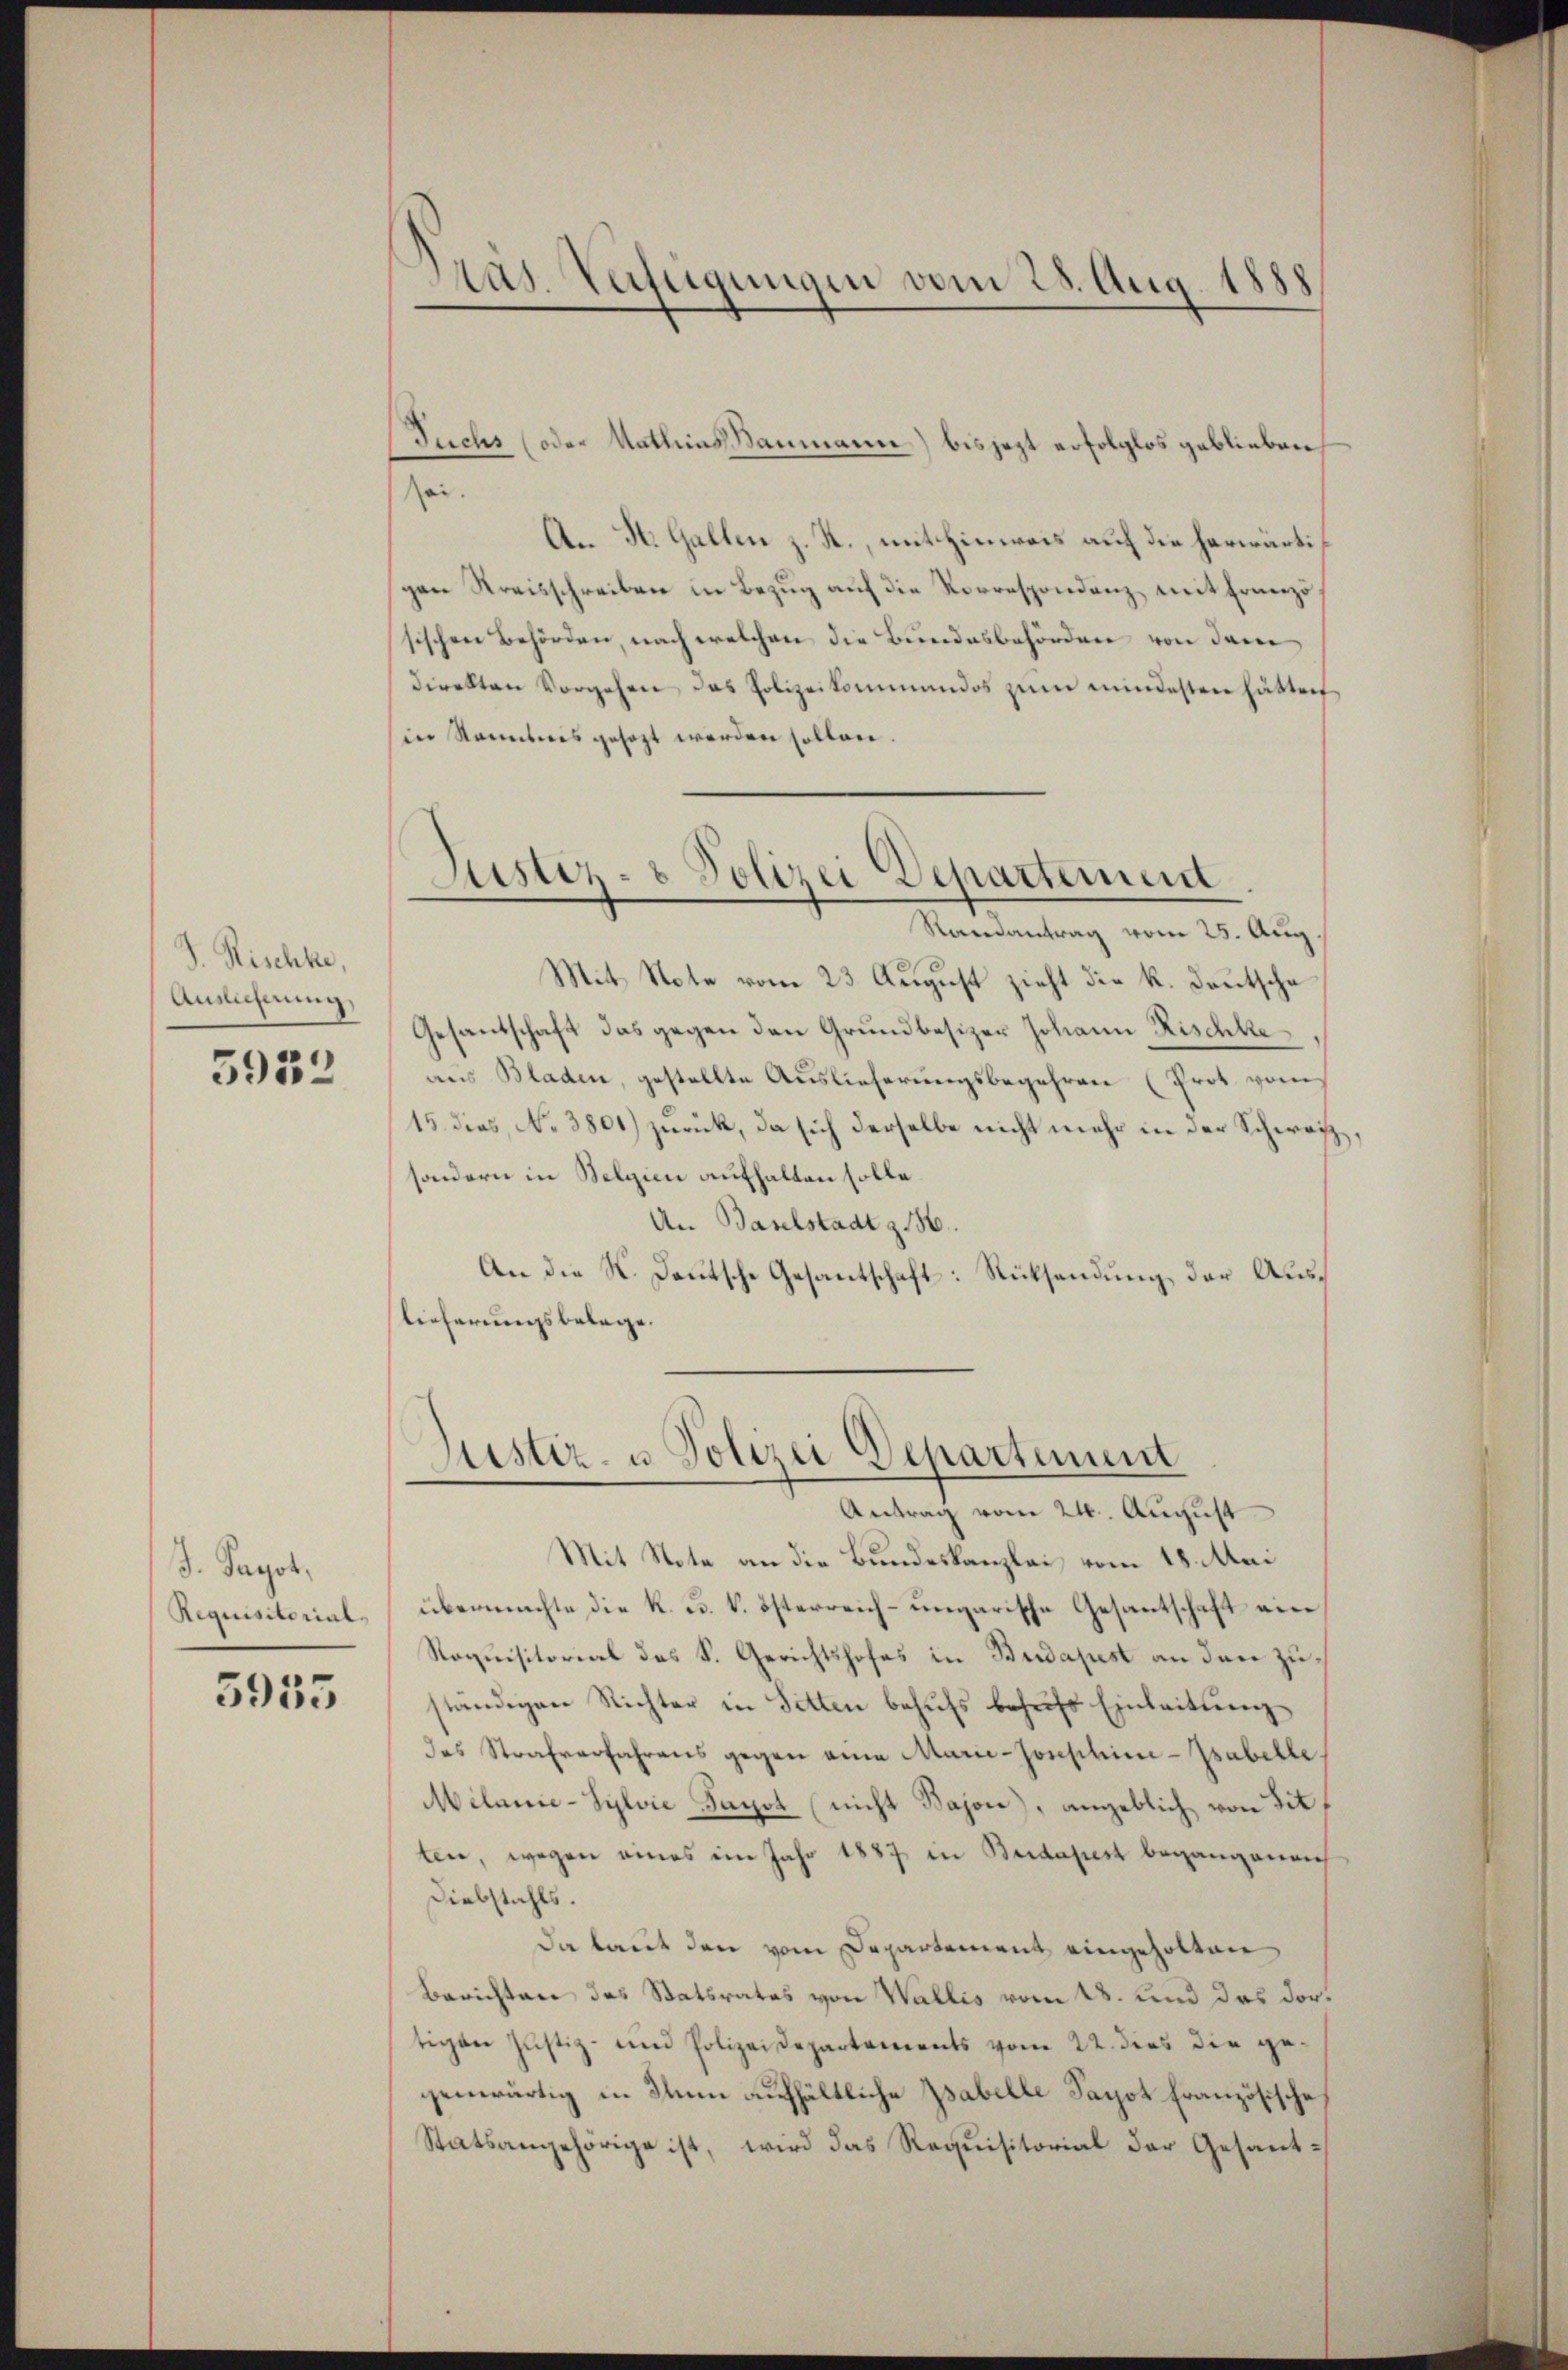
J. Rischke,
Anslicherung,

5932

J. Payot,
Requisitorial,

5955

Dras. Verfügungen vom 28. Aug. 1888

Fuchs (oder Mathias Baumann) bis jezt erfolglos geblieben,
sei.
An St. Gallen z. R., mit Hinweis auf die herwärtigen Kreisschreiben in Bezug auf die Korrespondenz mit Franzö
sischen Behörden, nach welchen die Bundesbehörden von dem
direkten Vorgehen das Polizeikommandos zŭm mindesten hätten
in Stammtweis gesezt werden sollen.
Mit Note vom 23. August zieht die k. Deutsche
Gesandschaft das gegen den Grundbesizer Johann Rischke
aus Bladen, gestellte Auslieferungsbegehren (Prot. vom
15. dies, No 3801) zurück, da sich derselbe nicht mehr in der Schweiz
sondern in Belgien aufhalten solle.
An Baselstadt z. 156.
An die K. Deutsche Gesantschaft: Rücksendung der Auslieferungsbelege.

Justiz- & Polizei Departemend
Randantrag vom 25. Aug.

Justiz- u Polizei Departement
Antrag vom 24. August

Mit Note an die Bundeskanzlei vom 18. Mai
übermachte die K. u. k. österreich-ungarische Gesantschaft vere
Roquisitorial des S. Gerichtshofes in Budapest an den zuständigen Richter in Sitten behŭfs behŭfs Einleitŭng
das Strafverfahrens gegen eine Marie-Josephine-Zsabelle
Milanie-Sylvić Fagot (nicht Bajon), angeblich von Sitt
ten, wegen eines im Jahr 1887 in Beidapest begangeneich
Diebstahls.
da laut den vom Departement eingeholten
Berichten des Statsrates von Wallis vom 18. und das dortigen Justiz- und Polizeidepartements vom 22. dies die gegenwärtig in Ihn aufhältliche Tabelle Sapot französische
Statsangehörige ist, wird das Requisitorial der Gesant¬